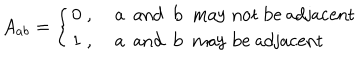
LaTeX: A _ { a b } = \left\{ \begin{array} { l l } { { 0 \; , } } & { { \mathrm { ~ a ~ a n d ~ b ~ m a y ~ n o t ~ b e ~ a d j a c e n t } } } \\ { { 1 \; , } } & { { \mathrm { ~ a ~ a n d ~ b ~ m a y ~ b e ~ a d j a c e n t } } } \\ \end{array} \right.